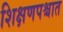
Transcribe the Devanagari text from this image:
शिक्षणपश्चात